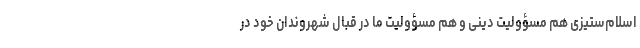
اسلام‌ستیزی هم مسؤولیت دینی و هم مسؤولیت ما در قبال شهروندان خود در